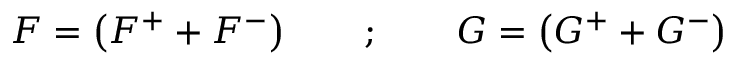
{ \cal F } = \left( { \cal F } ^ { + } + { \cal F } ^ { - } \right) \qquad ; \qquad { \cal G } = \left( { \cal G } ^ { + } + { \cal G } ^ { - } \right)